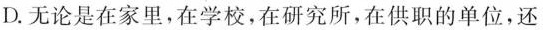
D.无论是在家里，在学校，在研究所，在供职的单位，还